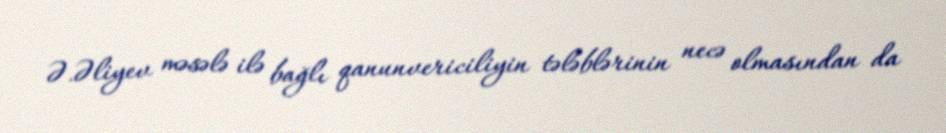
Ə.Əliyev məsələ ilə bağlı qanunvericiliyin tələblərinin necə olmasından da